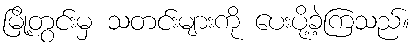
မြို့တွင်းမှ သတင်းများကို ပေးပို့ခဲ့ကြသည်။